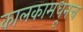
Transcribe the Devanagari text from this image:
कालकामधूनच